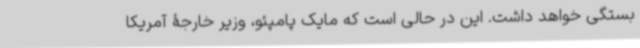
بستگی خواهد داشت. این در حالی است که مایک پامپئو، وزیر خارجۀ آمریکا